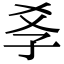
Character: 𡥈